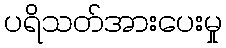
ပရိသတ်အားပေးမှု